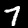
Label: 7